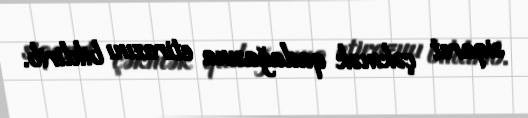
siqaret çəkmək qadağasına etirazını bildirib.